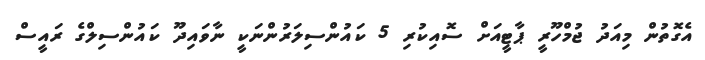
އެގޮތުން މިއަދު ޖުމްހޫރީ ޕާޓީއަށް ސޮއިކުރި 5 ކައުންސިލަރުންނަކީ ނާވައިދޫ ކައުންސިލްގެ ރައީސް